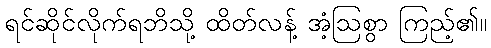
ရင်ဆိုင်လိုက်ရဘိသို့ ထိတ်လန့် အံ့ဩစွာ ကြည့်၏။